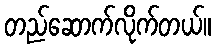
တည်ဆောက်လိုက်တယ်။